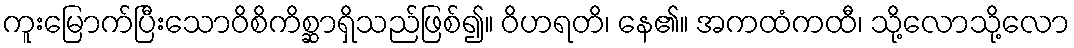
ကူးမြောက်ပြီးသောဝိစိကိစ္ဆာရှိသည်ဖြစ်၍။ ဝိဟရတိ၊ နေ၏။ အကထံကထီ၊ သို့လောသို့လော